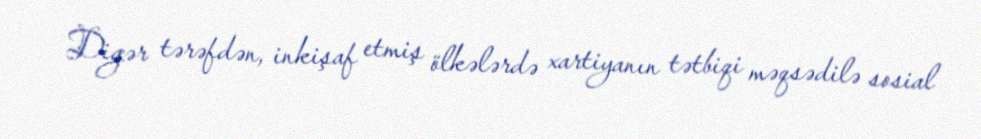
Digər tərəfdən, inkişaf etmiş ölkələrdə xartiyanın tətbiqi məqsədilə sosial